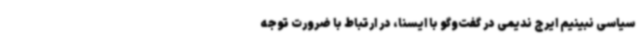
سیاسی نبینیم ایرج ندیمی در گفت‌وگو با ایسنا، در ارتباط با ضرورت توجه